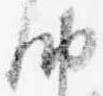
納